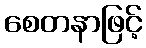
စေတနာဖြင့်